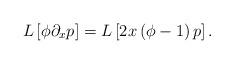
LaTeX: \begin{align*}L\left[ \phi\partial_{x}p\right] =L\left[ 2x\left( \phi-1\right)p\right] . \end{align*}